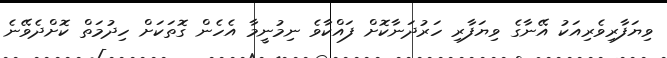
ވިޔަފާރިވެރިއަކު އޭނާގެ ވިޔަފާރި ހަރުދަނާކޮށް ފައްކާވެ ނިމުނީމާ އެހެން ގޮތަކަށް ހިދުމަތް ކޮށްދެވޭނެ